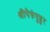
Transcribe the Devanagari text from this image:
श्रीपेरुंपुडुर